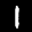
Label: 1